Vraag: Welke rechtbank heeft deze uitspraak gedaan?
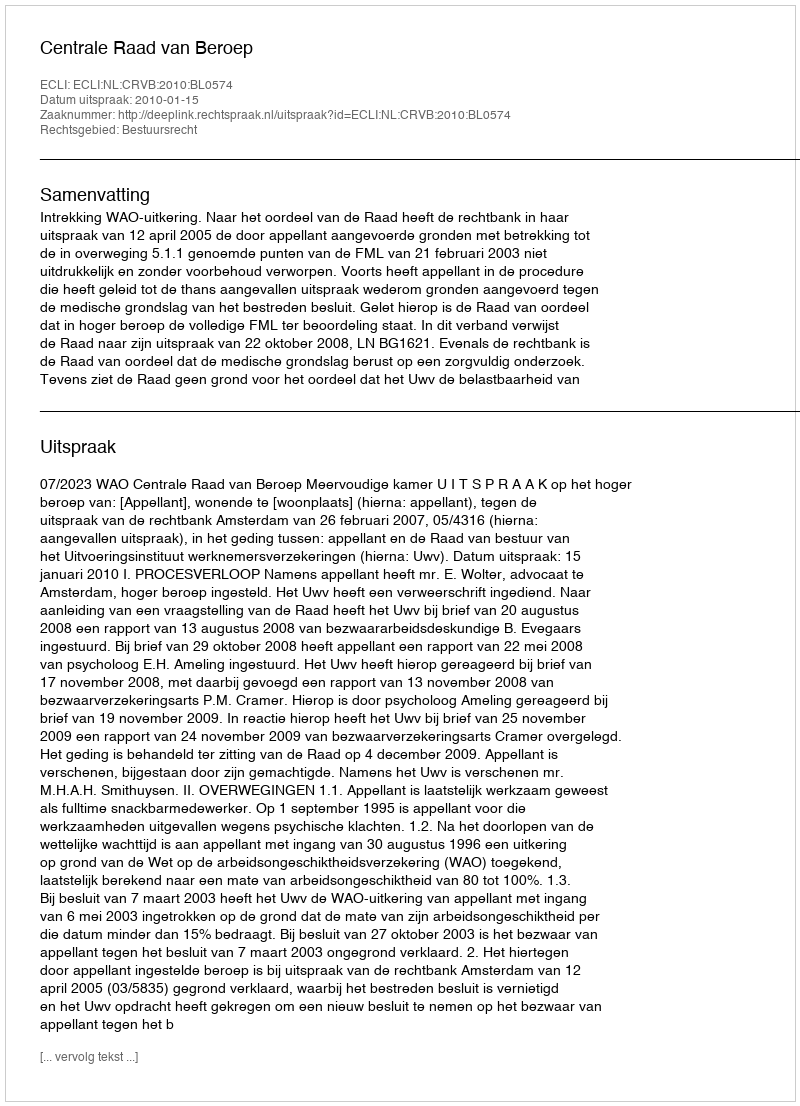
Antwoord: Centrale Raad van Beroep